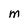
Character: M